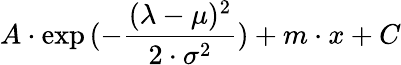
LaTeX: A\cdot\exp{(-\frac{(\lambda-\mu)^{2}}{2\cdot\sigma^{2}})}+m\cdot{x}+C